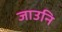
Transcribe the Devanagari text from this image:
जाउनि